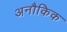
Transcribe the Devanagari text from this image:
अनौकिक